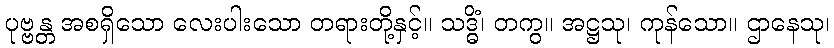
ပုဗ္ဗန္တ အစရှိသော လေးပါးသော တရားတို့နှင့်။ သဒ္ဓိံ၊ တကွ။ အဋ္ဌသု၊ ကုန်သော။ ဌာနေသု၊